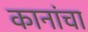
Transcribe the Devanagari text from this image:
कानांचा